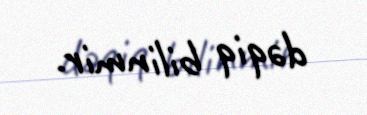
dəqiq bilinmir.